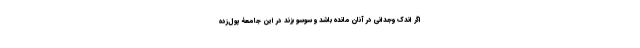
اگر اندک وجدانی در آنان مانده باشد و سوسو بزند در این جامعۀ پول‌زده